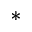
^ *